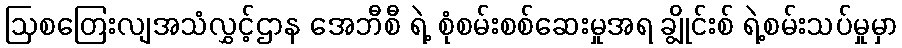
ဩစတြေးလျအသံလွှင့်ဌာန အေဘီစီ ရဲ့ စုံစမ်းစစ်ဆေးမှုအရ ချွိုင်းစ် ရဲ့စမ်းသပ်မှုမှာ